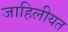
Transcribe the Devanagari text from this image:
जाहिलीयत